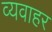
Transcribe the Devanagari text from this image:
व्यवाहर